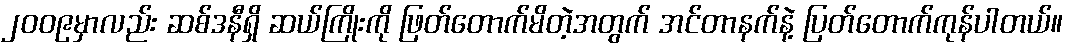
၂၀၀၉မှာလည်း ဆစ်ဒနီရှိ ဆယ်ကြိုးကို ဖြတ်တောက်မိတဲ့အတွက် အင်တာနက်နဲ့ ပြတ်တောက်ကုန်ပါတယ်။